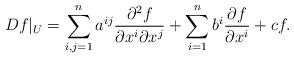
LaTeX: \begin{align*}D f|_U= \sum_{i,j=1}^n a^{ij} \frac{\partial^2 f}{\partial x^i \partial x^j} + \sum_{i=1}^n b^i \frac{\partial f}{\partial x^i} + c f. \end{align*}